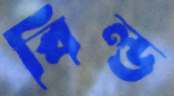
বিল্ড